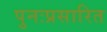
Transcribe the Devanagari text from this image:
पुनःप्रसारित